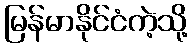
မြန်မာနိုင်ငံကဲ့သို့